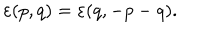
LaTeX: \varepsilon ( p , q ) = \varepsilon ( q , - p - q ) .